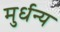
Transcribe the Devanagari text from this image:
मुर्धन्य